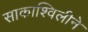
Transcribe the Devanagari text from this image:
साकाश्विलीने